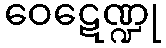
ဝေဋေဏ္ဍု